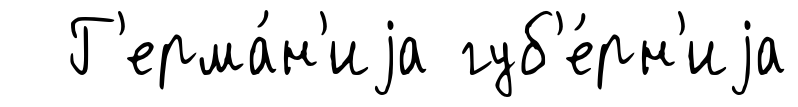
Г'ерма́н'иjа губ'е́рн'иjа